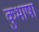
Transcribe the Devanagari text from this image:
कुभाषा